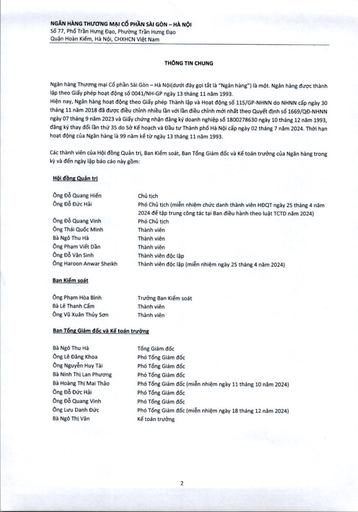
|Ông Đỗ Quang Hiền|Chủ tịch| |---|---| |Ông Đỗ Đức Hải|Phó Chủ tịch (miễn nhiệm chức danh thành viên HĐQT ngày 25 tháng 4 năm 2024 để tập trung công tác tại Ban điều hành theo luật TCTD năm 2024)| |Ông Đỗ Quang Vinh|Phó Chủ tịch| |Ông Thái Quốc Minh|Thành viên| |Bà Ngô Thu Hà|Thành viên| |Ông Phạm Việt Đán|Thành viên| |Ông Đỗ Văn Sinh|Thành viên độc lập| |Ông Haroon Anwar Sheikh|Thành viên độc lập (miễn nhiệm ngày 25 tháng 4 năm 2024)| |Ông Phạm Hà Bình|Trưởng Ban Kiểm soát| |---|---| |Bà Lê Thanh Cẩm|Thành viên| |Ông Vũ Xuân Thụ Sơn|Thành viên| |Bà Ngô Thu Hà|Tổng Giám đốc| |---|---| |Ông Lê Đăng Khoa|Phó Tổng Giám đốc| |Ông Nguyễn Huy Tà|Phó Tổng Giám đốc| |Bà Ninh Thị Lan Phương|Phó Tổng Giám đốc| |Bà Hoàng Thị Mai Thảo|Phó Tổng Giám đốc (miễn nhiệm ngày 11 tháng 10 năm 2024)| |Ông Đỗ Đức Hải|Phó Tổng Giám đốc| |Ông Đỗ Quang Vinh|Phó Tổng Giám đốc| |Ông Lưu Danh Đức|Phó Tổng Giám đốc (miễn nhiệm ngày 18 tháng 12 năm 2024)| |Bà Ngô Thị Vân|Kế toán trưởng|